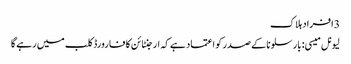
3 افراد ہلاک
لیونل میسی: بارسلونا کے صدر کو اعتماد ہے کہ ارجنٹائن کا فارورڈ کلب میں رہے گا